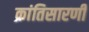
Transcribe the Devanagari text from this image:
क्रांतिसारणी